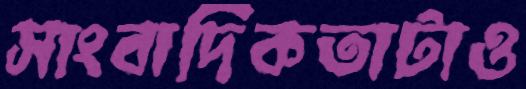
সাংবাদিকতাটাও